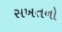
સખતનો